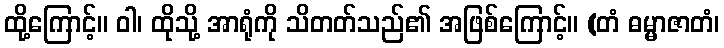
ထို့ကြောင့်။ ဝါ၊ ထိုသို့ အာရုံကို သိတတ်သည်၏ အဖြစ်ကြောင့်။ (တံ ဓမ္မာဇာတံ၊